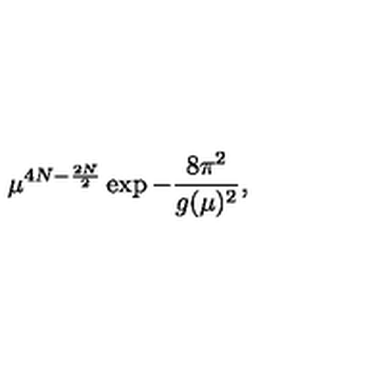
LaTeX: \mu ^ { 4 N - \frac { 2 N } { 2 } } \exp - \frac { 8 \pi ^ { 2 } } { g ( \mu ) ^ { 2 } } ,